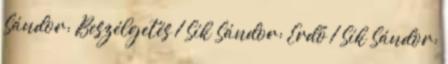
Sándor: Beszélgetés 1 Sík Sándor: Erdő 1 Sík Sándor: